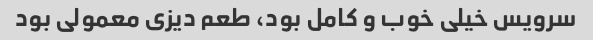
سرویس خیلی خوب و کامل بود، طعم دیزی معمولی بود